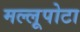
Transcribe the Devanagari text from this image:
मल्लूपोटा